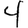
Digit: 4